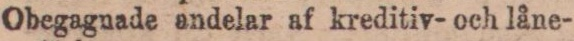
Obegagnade andelar af kreditiv- och låne-